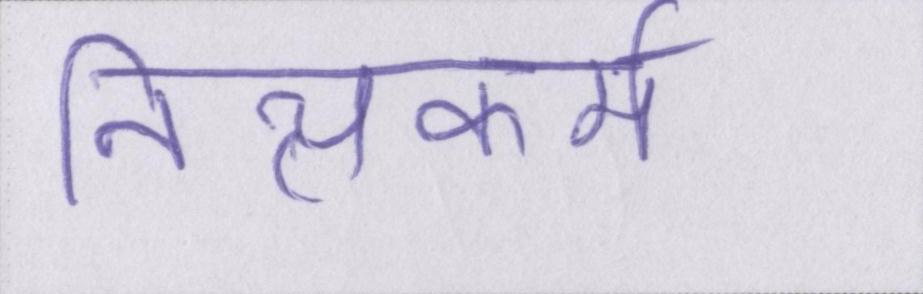
नित्यकर्म